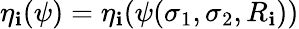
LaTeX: \eta_{\mathbf{i}}(\psi)=\eta_{\mathbf{i}}(\psi(\sigma_{1},\sigma_{2},R_{\mathbf{i}}))